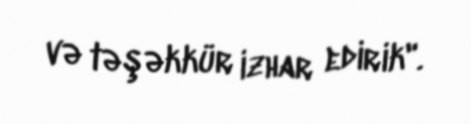
və təşəkkür izhar edirik".